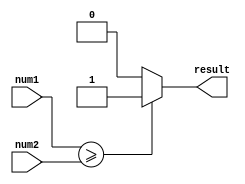
module greater_than_or_equal_to_comparator(
    input [7:0] num1, // First input number
    input [7:0] num2, // Second input number
    output reg result // Output indicating result of comparison operation
);

always @* begin
    if (num1 >= num2) begin
        result = 1; // First input is greater than or equal to the second input
    end else begin
        result = 0; // First input is not greater than or equal to the second input
    end
end

endmodule